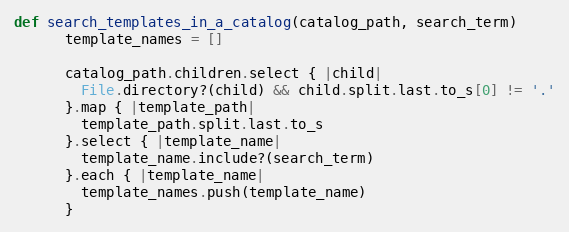
Language: Ruby
def search_templates_in_a_catalog(catalog_path, search_term)
      template_names = []

      catalog_path.children.select { |child|
        File.directory?(child) && child.split.last.to_s[0] != '.'
      }.map { |template_path|
        template_path.split.last.to_s
      }.select { |template_name|
        template_name.include?(search_term)
      }.each { |template_name|
        template_names.push(template_name)
      }